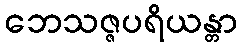
ဘေသဇ္ဇပရိယန္တာ